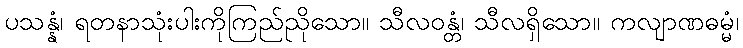
ပသန္နံ၊ ရတနာသုံးပါးကိုကြည်ညိုသော။ သီလဝန္တံ၊ သီလရှိသော။ ကလျာဏဓမ္မံ၊